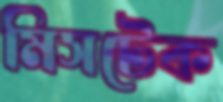
মিসটেক